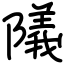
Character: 䧧